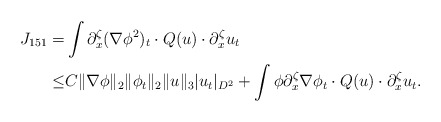
\begin{align*}J_{151}=&\int \partial^\zeta_x(\nabla \phi^2)_t \cdot Q(u)\cdot \partial^\zeta_x u_t\\\leq& C \|\nabla \phi\|_2\|\phi_t\|_2\|u\|_3|u_t|_{D^2}+\int \phi \partial^\zeta_x \nabla \phi_t \cdot Q(u)\cdot \partial^\zeta_x u_t.\end{align*}